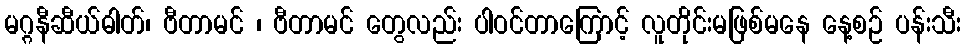
မဂ္ဂနီဆီယ်ဓါတ်၊ ဗီတာမင် ၊ ဗီတာမင် တွေလည်း ပါဝင်တာကြောင့် လူတိုင်းမဖြစ်မနေ နေ့စဉ် ပန်းသီး